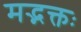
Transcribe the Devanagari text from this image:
मद्भक्तः